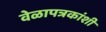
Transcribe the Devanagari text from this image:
वेळापत्रकांशी